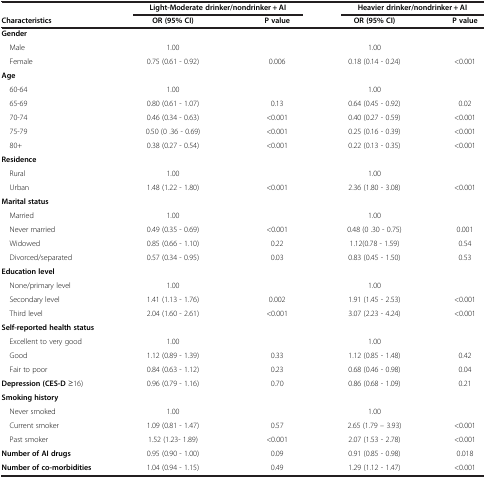
<table><thead><tr><td><b> </b></td><td colspan="2"><b>Light-Moderate drinker/nondrinker + AI</b></td><td colspan="2"><b>Heavier drinker/nondrinker + AI</b></td></tr><tr><td><b>Characteristics</b></td><td><b>OR (95% CI)</b></td><td><b>P value</b></td><td><b>OR (95% CI)</b></td><td><b>P value</b></td></tr></thead><tbody><tr><td><b>Gender</b></td><td> </td><td> </td><td> </td><td> </td></tr><tr><td> Male</td><td>1.00</td><td> </td><td>1.00</td><td> </td></tr><tr><td> Female</td><td>0.75 (0.61 - 0.92)</td><td>0.006</td><td>0.18 (0.14 - 0.24)</td><td>&lt;0.001</td></tr><tr><td><b>Age</b></td><td> </td><td> </td><td> </td><td> </td></tr><tr><td> 60-64</td><td>1.00</td><td> </td><td>1.00</td><td> </td></tr><tr><td> 65-69</td><td>0.80 (0.61 - 1.07)</td><td>0.13</td><td>0.64 (0.45 - 0.92)</td><td>0.02</td></tr><tr><td> 70-74</td><td>0.46 (0.34 - 0.63)</td><td>&lt;0.001</td><td>0.40 (0.27 - 0.59)</td><td>&lt;0.001</td></tr><tr><td> 75-79</td><td>0.50 (0 .36 - 0.69)</td><td>&lt;0.001</td><td>0.25 (0.16 - 0.39)</td><td>&lt;0.001</td></tr><tr><td> 80+</td><td>0.38 (0.27 - 0.54)</td><td>&lt;0.001</td><td>0.22 (0.13 - 0.35)</td><td>&lt;0.001</td></tr><tr><td><b>Residence</b></td><td> </td><td> </td><td> </td><td> </td></tr><tr><td> Rural</td><td>1.00</td><td> </td><td>1.00</td><td> </td></tr><tr><td> Urban</td><td>1.48 (1.22 - 1.80)</td><td>&lt;0.001</td><td>2.36 (1.80 - 3.08)</td><td>&lt;0.001</td></tr><tr><td><b>Marital status</b></td><td> </td><td> </td><td> </td><td> </td></tr><tr><td> Married</td><td>1.00</td><td> </td><td>1.00</td><td> </td></tr><tr><td> Never married</td><td>0.49 (0.35 - 0.69)</td><td>&lt;0.001</td><td>0.48 (0 .30 - 0.75)</td><td>0.001</td></tr><tr><td> Widowed</td><td>0.85 (0.66 - 1.10)</td><td>0.22</td><td>1.12(0.78 - 1.59)</td><td>0.54</td></tr><tr><td> Divorced/separated</td><td>0.57 (0.34 - 0.95)</td><td>0.03</td><td>0.83 (0.45 - 1.50)</td><td>0.53</td></tr><tr><td><b>Education level</b></td><td> </td><td> </td><td> </td><td> </td></tr><tr><td> None/primary level</td><td>1.00</td><td> </td><td>1.00</td><td> </td></tr><tr><td> Secondary level</td><td>1.41 (1.13 - 1.76)</td><td>0.002</td><td>1.91 (1.45 - 2.53)</td><td>&lt;0.001</td></tr><tr><td> Third level</td><td>2.04 (1.60 - 2.61)</td><td>&lt;0.001</td><td>3.07 (2.23 - 4.24)</td><td>&lt;0.001</td></tr><tr><td><b>Self-reported health status</b></td><td> </td><td> </td><td> </td><td> </td></tr><tr><td> Excellent to very good</td><td>1.00</td><td> </td><td>1.00</td><td> </td></tr><tr><td> Good</td><td>1.12 (0.89 - 1.39)</td><td>0.33</td><td>1.12 (0.85 - 1.48)</td><td>0.42</td></tr><tr><td> Fair to poor</td><td>0.84 (0.63 - 1.12)</td><td>0.23</td><td>0.68 (0.46 - 0.98)</td><td>0.04</td></tr><tr><td><b>Depression (CES-D</b> ≥16)</td><td>0.96 (0.79 - 1.16)</td><td>0.70</td><td>0.86 (0.68 - 1.09)</td><td>0.21</td></tr><tr><td><b>Smoking history</b></td><td> </td><td> </td><td> </td><td> </td></tr><tr><td> Never smoked</td><td>1.00</td><td> </td><td>1.00</td><td> </td></tr><tr><td> Current smoker</td><td>1.09 (0.81 - 1.47)</td><td>0.57</td><td>2.65 (1.79 – 3.93)</td><td>&lt;0.001</td></tr><tr><td> Past smoker</td><td>1.52 (1.23- 1.89)</td><td>&lt;0.001</td><td>2.07 (1.53 - 2.78)</td><td>&lt;0.001</td></tr><tr><td><b>Number of AI drugs</b></td><td>0.95 (0.90 - 1.00)</td><td>0.09</td><td>0.91 (0.85 - 0.98)</td><td>0.018</td></tr><tr><td><b>Number of co-morbidities</b></td><td>1.04 (0.94 - 1.15)</td><td>0.49</td><td>1.29 (1.12 - 1.47)</td><td>&lt;0.001</td></tr></tbody></table>